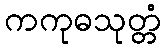
ကကုဓသုတ္တံ